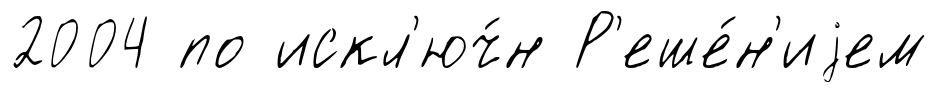
2004 по искл'юч́н Р'еше́н'иjем